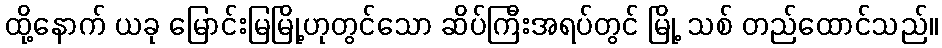
ထို့နောက် ယခု မြောင်းမြမြို့ဟုတွင်သော ဆိပ်ကြီးအရပ်တွင် မြို့ သစ် တည်ထောင်သည်။